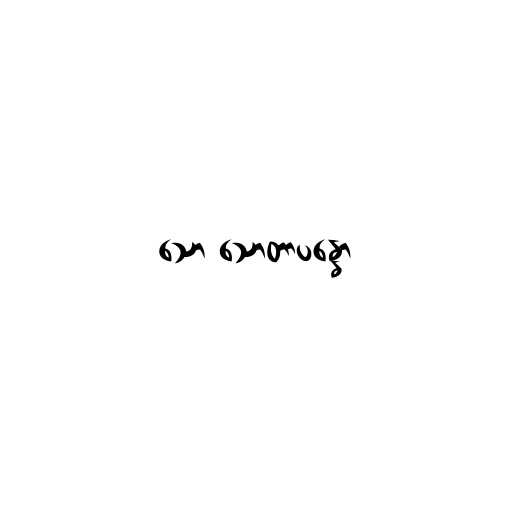
သော သောတာပန္နော